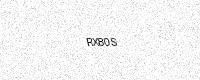
Text: RX80S